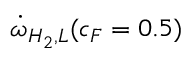
\dot { \omega } _ { H _ { 2 } , L } ( c _ { F } = 0 . 5 )